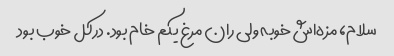
سلام، مزه‌اش خوبه ولی ران مرغ یکم خام بود. درکل خوب بود